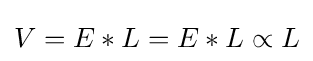
V=E*L=E*L\propto L